Report on vaccination in Madras 1895-1903 - 1895-1903
Year: 1895
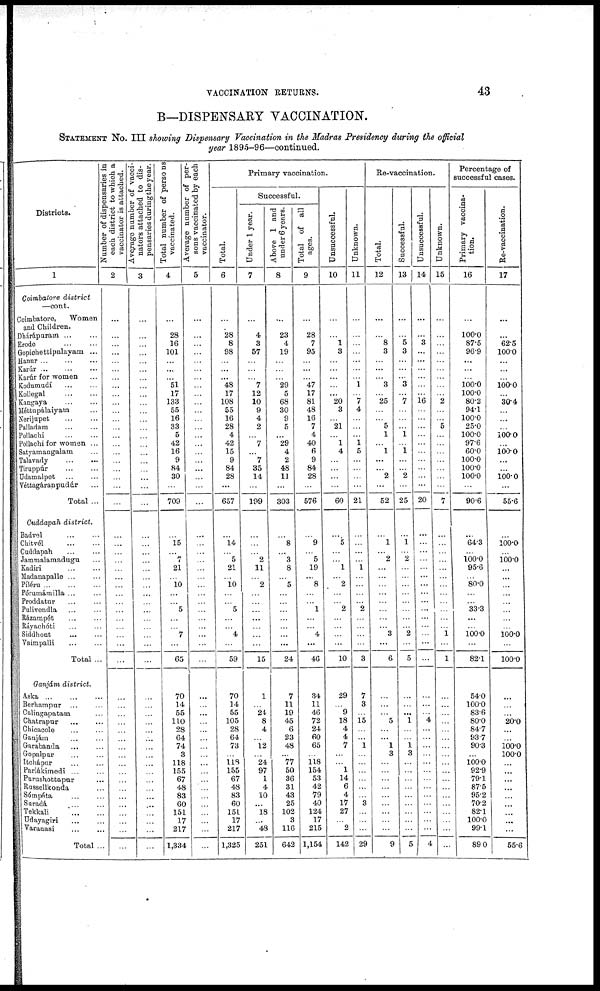
VACCINATION RETURNS.
43
B—DISPENSARY VACCINATION.
STATEMENT No. III showing Dispensary Vaccination in the Madras Presidency during the official
year 1895-96—continued.
Districts.
1
Coimbatore district
—cont.
Coimbatore,
Women
and Children.
Dhárápuram ... ...
Erode
...
...
Gopichettipalayam ...
Hanur ... ... ...
Karúr
...
...
...
Karúr for women ...
Kodumudí ... ...
Kollegal
...
...
Kangaya
...
...
Méttupálaiyam ...
Nerijupet
...
...
Palladam
...
...
Pollachi
...
...
Pollachi for women ...
Satyamangalam ...
Talavady
...
...
Tiruppúr ... ...
Udamalpet ... ...
Véttagáranpudúr ...
Total ...
Cuddapah district.
Badvel
...
...
Chitvél
...
...
Cuddapah ... ...
Jammalamadugu ...
Kadiri ... ...
Madanapalle ... ...
Píléru
...
...
...
Pórumámilla ... ...
Proddatur ... ...
Pulivendla ... ...
Rázampét ... ...
Ráyachóti ... ...
Siddhout
...
...
Vaimpalli ... ...
Total ...
Ganjám district.
Aska
...
...
...
Berhampur ... ...
Calingapatam ...
Chatrapur ... ...
Chicacole ... ...
Ganjám
...
...
Garabanda
...
...
Gopalpur ... ...
Itchápur
...
...
Parlákimedi ... ...
Purushottapur ...
Russellkonda ...
Sómpéta
...
...
Suradá
...
...
Tekkali ... ...
Udayagiri ... ...
Varanasi ... ...
Total ..
Number of dispensaries in
each district to which a
vaccinator is attached.
2
...
...
...
...
...
...
...
...
...
...
...
...
...
...
...
...
...
...
...
...
...
...
...
...
...
...
...
...
...
...
...
...
...
...
...
...
...
...
...
...
...
...
...
...
...
...
...
...
...
...
...
...
...
...
Average number of vacci-
nators attached to dis-
pensaries during the year.
3
...
...
...
...
...
...
...
...
...
...
...
...
...
...
...
...
...
...
...
...
...
...
...
...
...
...
...
...
...
...
...
...
...
...
...
...
...
...
...
...
...
...
...
...
...
...
...
...
...
...
...
...
...
...
Total number of persons
vaccinated.
4
...
28
16
101
...
...
...
51
17
133
55
16
33
5
42
16
9
84
30
...
709
...
15
...
7
21
...
10
...
...
5
...
...
7
...
65
70
14
55
110
28
64
74
3
118
155
67
48
83
60
151
17
217
1,334
Average number of per-
sons vaccinated by each
vaccinator.
5
...
...
...
...
...
...
...
...
...
...
...
...
...
...
...
...
...
...
...
...
...
...
...
...
...
...
...
...
...
...
...
...
...
...
...
...
...
...
...
...
...
...
...
...
...
...
...
...
...
...
...
...
...
...
Primary vaccination.
Total.
6
...
28
8
98
...
...
...
48
17
108
55
16
28
4
42
15
9
84
28
...
657
...
14
...
5
21
...
10
...
...
5
...
...
4
...
59
70
14
55
105
28
64
73
...
118
155
67
48
83
60
151
17
217
1,325
Successful.
Under 1 year.
7
...
4
3
57
...
...
...
7
12
10
9
4
2
...
7
...
7
35
14
...
199
...
...
...
2
11
...
2
...
...
...
...
...
...
...
15
1
...
24
8
4
...
12
...
24
97
1
4
10
...
18
...
48
251
Above 1 and
under 6 years.
8
...
23
4
19
...
...
...
29
5
68
30
9
5
...
29
4
2
48
11
...
303
...
8
...
3
8
...
5
...
...
...
...
...
...
...
24
7
11
19
45
6
23
48
...
77
50
36
31
43
25
102
3
116
642
Total of all
ages.
9
...
28
7
95
...
...
...
47
17
81
48
16
7
4
40
6
9
84
28
...
576
...
9
...
5
19
...
8
...
...
1
...
...
4
...
46
34
11
46
72
24
60
65
...
118
154
53
42
79
40
124
17
215
1,154
Unsuccessful.
10
...
...
1
3
...
...
...
...
...
20
3
...
21
...
1
4
...
...
...
...
60
...
5
...
...
1
...
2
...
...
2
...
...
...
...
10
29
...
9
18
4
4
7
...
...
1
14
6
4
17
27
...
2
142
Unknown.
11
...
...
...
...
...
...
...
1
...
7
4
...
...
...
1 5
...
...
...
...
21
...
...
...
...
1
...
...
...
...
2
...
...
...
...
3
7
3
...
15
...
...
1
...
...
...
...
...
...
3
...
...
...
29
Re-vaccination.
Total.
12
...
...
8
3
...
...
...
3
...
25
...
...
5
1
...
1
...
...
2
...
52
...
1
...
2
...
...
...
...
...
...
...
...
3
...
6
...
...
...
5
...
...
1
3
...
...
...
...
...
...
...
...
...
9
Successful.
13
...
...
5
3
...
...
...
3
...
7
...
...
...
1
...
1
...
...
2
...
25
...
1
...
2
...
...
...
...
...
...
...
...
2
...
5
...
...
...
1
...
...
1 3
...
...
...
...
...
...
...
...
...
5
Unsuccessful.
14
...
...
3
...
...
...
...
...
...
16
...
...
...
...
...
...
...
...
...
...
20
...
...
...
...
...
...
...
...
...
...
...
...
...
...
...
...
...
...
4
...
...
...
...
...
...
...
...
...
...
...
...
...
4
Unknown.
15
...
...
...
...
...
...
...
...
...
2
...
...
5
...
...
...
...
...
...
...
7
...
...
...
...
...
...
...
...
...
...
...
...
1
...
1
...
...
...
...
...
...
...
...
...
...
...
...
...
...
...
...
...
...
Percentage of
successful cases.
Primary vaccina-
tion.
16
...
100.0
87.5
96.9
...
...
...
100.0
100.0
80.2
94.1
100.0
25.0
100.0
97.6
60.0
100.0
100.0
100.0
...
90.6
...
64.3
...
100.0
95.6
...
80.0
...
...
33.3
...
...
100.0
...
82.1
54.0
100.0
83.6
80.0
84.7
93.7
90.3
...
100.0
92.9
79.1
87.5
95.2
70.2
82.1
100.0
99.1
89.0
Re-vaccination.
17
...
...
62.5
100.0
...
...
...
100.0
...
30.4
...
...
... 100.0
...
100.0
...
...
100.0
...
55.6
...
100.0
...
100.0
...
...
...
...
...
...
...
...
100.0
...
100.0
...
...
...
20.0
...
...
100.0
100.0
...
...
...
...
...
...
...
...
...
55.6